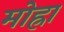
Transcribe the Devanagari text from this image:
मोह्रा